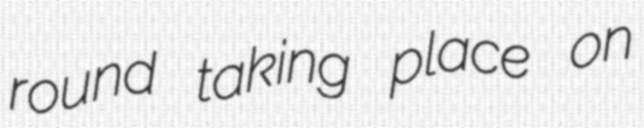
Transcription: round taking place on